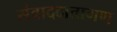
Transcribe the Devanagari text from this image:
संवाददातागण